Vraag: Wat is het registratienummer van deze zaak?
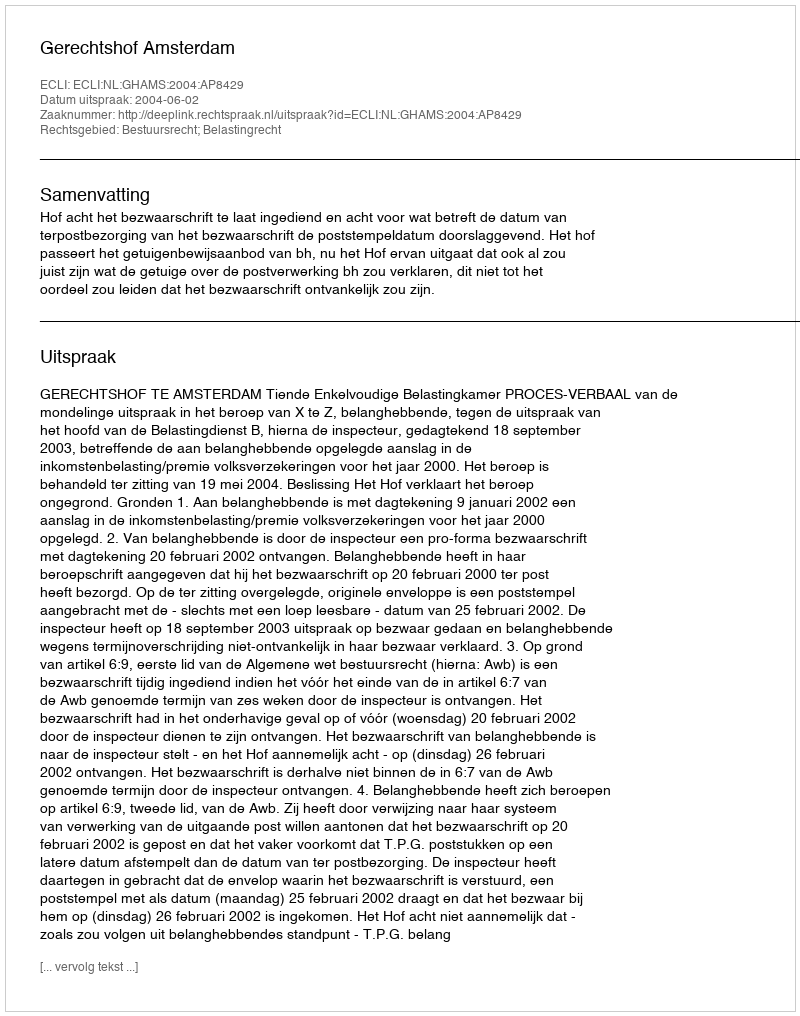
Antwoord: http://deeplink.rechtspraak.nl/uitspraak?id=ECLI:NL:GHAMS:2004:AP8429